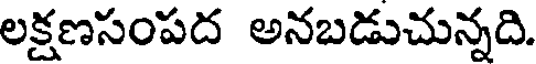
లక్షణసంపద అనబడుచున్నది.